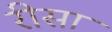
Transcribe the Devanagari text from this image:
रीसा